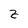
Character: Z